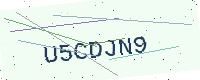
Text: U5CDJN9